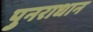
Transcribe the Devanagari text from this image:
पुनराधान